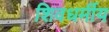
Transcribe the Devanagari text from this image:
शिवधर्मीय